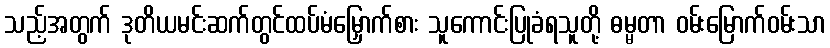
သည့်အတွက် ဒုတိယမင်းဆက်တွင်ထပ်မံမြှောက်စား သူကောင်းပြုခံရသူတို့ ဓမ္မတာ ဝမ်းမြောက်ဝမ်းသာ